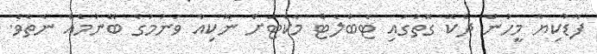
ފާޑުކިޔާ މީހުން ދެކޭ ގޮތުގައި ޓެބްލެޓް މާކެޓަށް ނޮކިއާ ވަނުމުގެ ބޭނުމެއް ނެތެވެ.